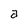
Character: a